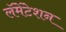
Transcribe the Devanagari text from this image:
लॅमेंटेशन